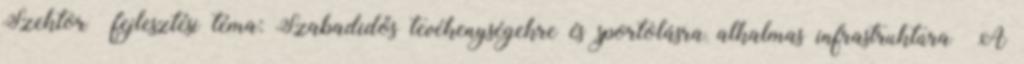
Szektor fejlesztési téma: Szabadidős tevékenységekre és sportolásra alkalmas infrastruktúra ▪A